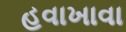
હવાખાવા